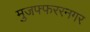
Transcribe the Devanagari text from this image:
मुजफ्फररनगर